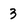
Character: 3